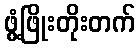
ဖွံ့ဖြိုးတိုးတက်